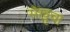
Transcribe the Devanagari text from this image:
संखुवा